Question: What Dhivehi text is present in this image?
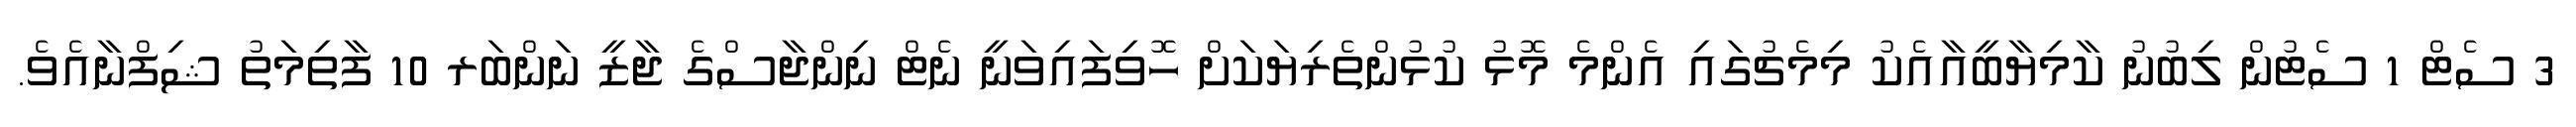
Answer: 3 ސެޓް 1 ސެޓުން ލިބުނު ކާމިޔާބީއާއެކު މިމެޗުގައި އެންމެ މޮޅު ކުޅުންތެރިޔަކަށް ހޮވިފައިވަނީ ނެޓް ނިންޖާސްގެ ޖާޒީ ނަންބަރ 10 ފާތިމަތު ޝިފްނާއެވެ.